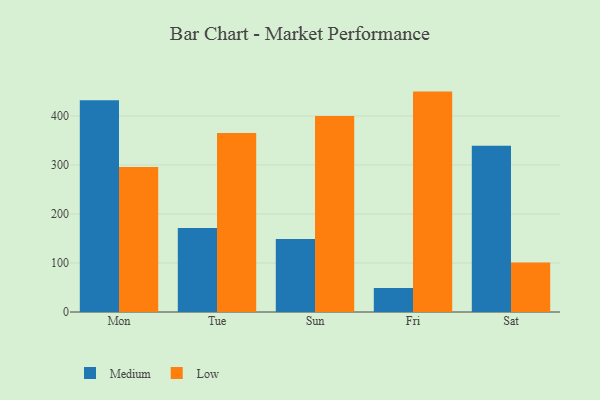
{"axis": {"x": "Day", "y": "Website Visitors"}, "legend": ["Low", "Medium"], "data": [{"x": "Mon", "y": 431.7, "type": "Medium"}, {"x": "Mon", "y": 295.9, "type": "Low"}, {"x": "Tue", "y": 171.3, "type": "Medium"}, {"x": "Tue", "y": 365.2, "type": "Low"}, {"x": "Sun", "y": 148.8, "type": "Medium"}, {"x": "Sun", "y": 399.6, "type": "Low"}, {"x": "Fri", "y": 48.8, "type": "Medium"}, {"x": "Fri", "y": 449.6, "type": "Low"}, {"x": "Sat", "y": 339.0, "type": "Medium"}, {"x": "Sat", "y": 101.0, "type": "Low"}]}